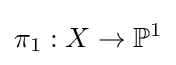
\pi _{1}:X\to \mathbb {P} ^{1}